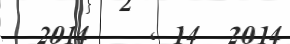
2014